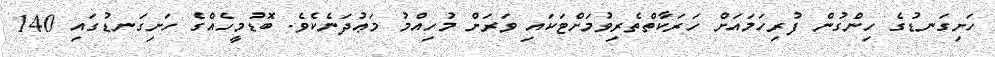
ހަށިގަނޑުގެ ހިންގުން ފުރިހަމައަށް ހަރަކާތްތެރިވުމަށްޓަކައި ވަރަށް މުހިއްމު މަޢުދަނެކެވެ. ބޮޑުމީހެއްގެ ހަށިގަނޑުގައި 140